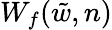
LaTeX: W_{f}(\tilde{w},n)